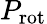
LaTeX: P_{\mathrm{rot}}